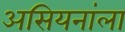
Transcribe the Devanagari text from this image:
असियनांला